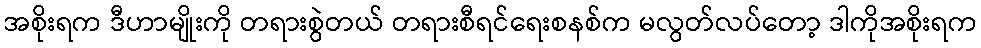
အစိုးရက ဒီဟာမျိုးကို တရားစွဲတယ် တရားစီရင်ရေးစနစ်က မလွတ်လပ်တော့ ဒါကိုအစိုးရက